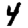
Digit: 4